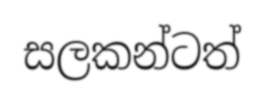
සලකන්ටත්